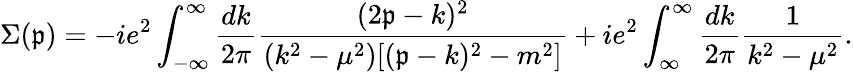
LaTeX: \Sigma(\mathfrak{p})=-ie^{2}\int_{-\infty}^{\infty}\frac{{dk}}{{2\pi}}\frac{{(2\mathfrak{p}-k)^{2}}}{{(k^{2}-\mu^{2})[(\mathfrak{p}-k)^{2}-m^{2}]}}+ie^{2}\int_{\infty}^{\infty}\frac{{dk}}{{2\pi}}\frac{{1}}{{k^{2}-\mu^{2}}}.